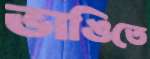
ভাঙিতে